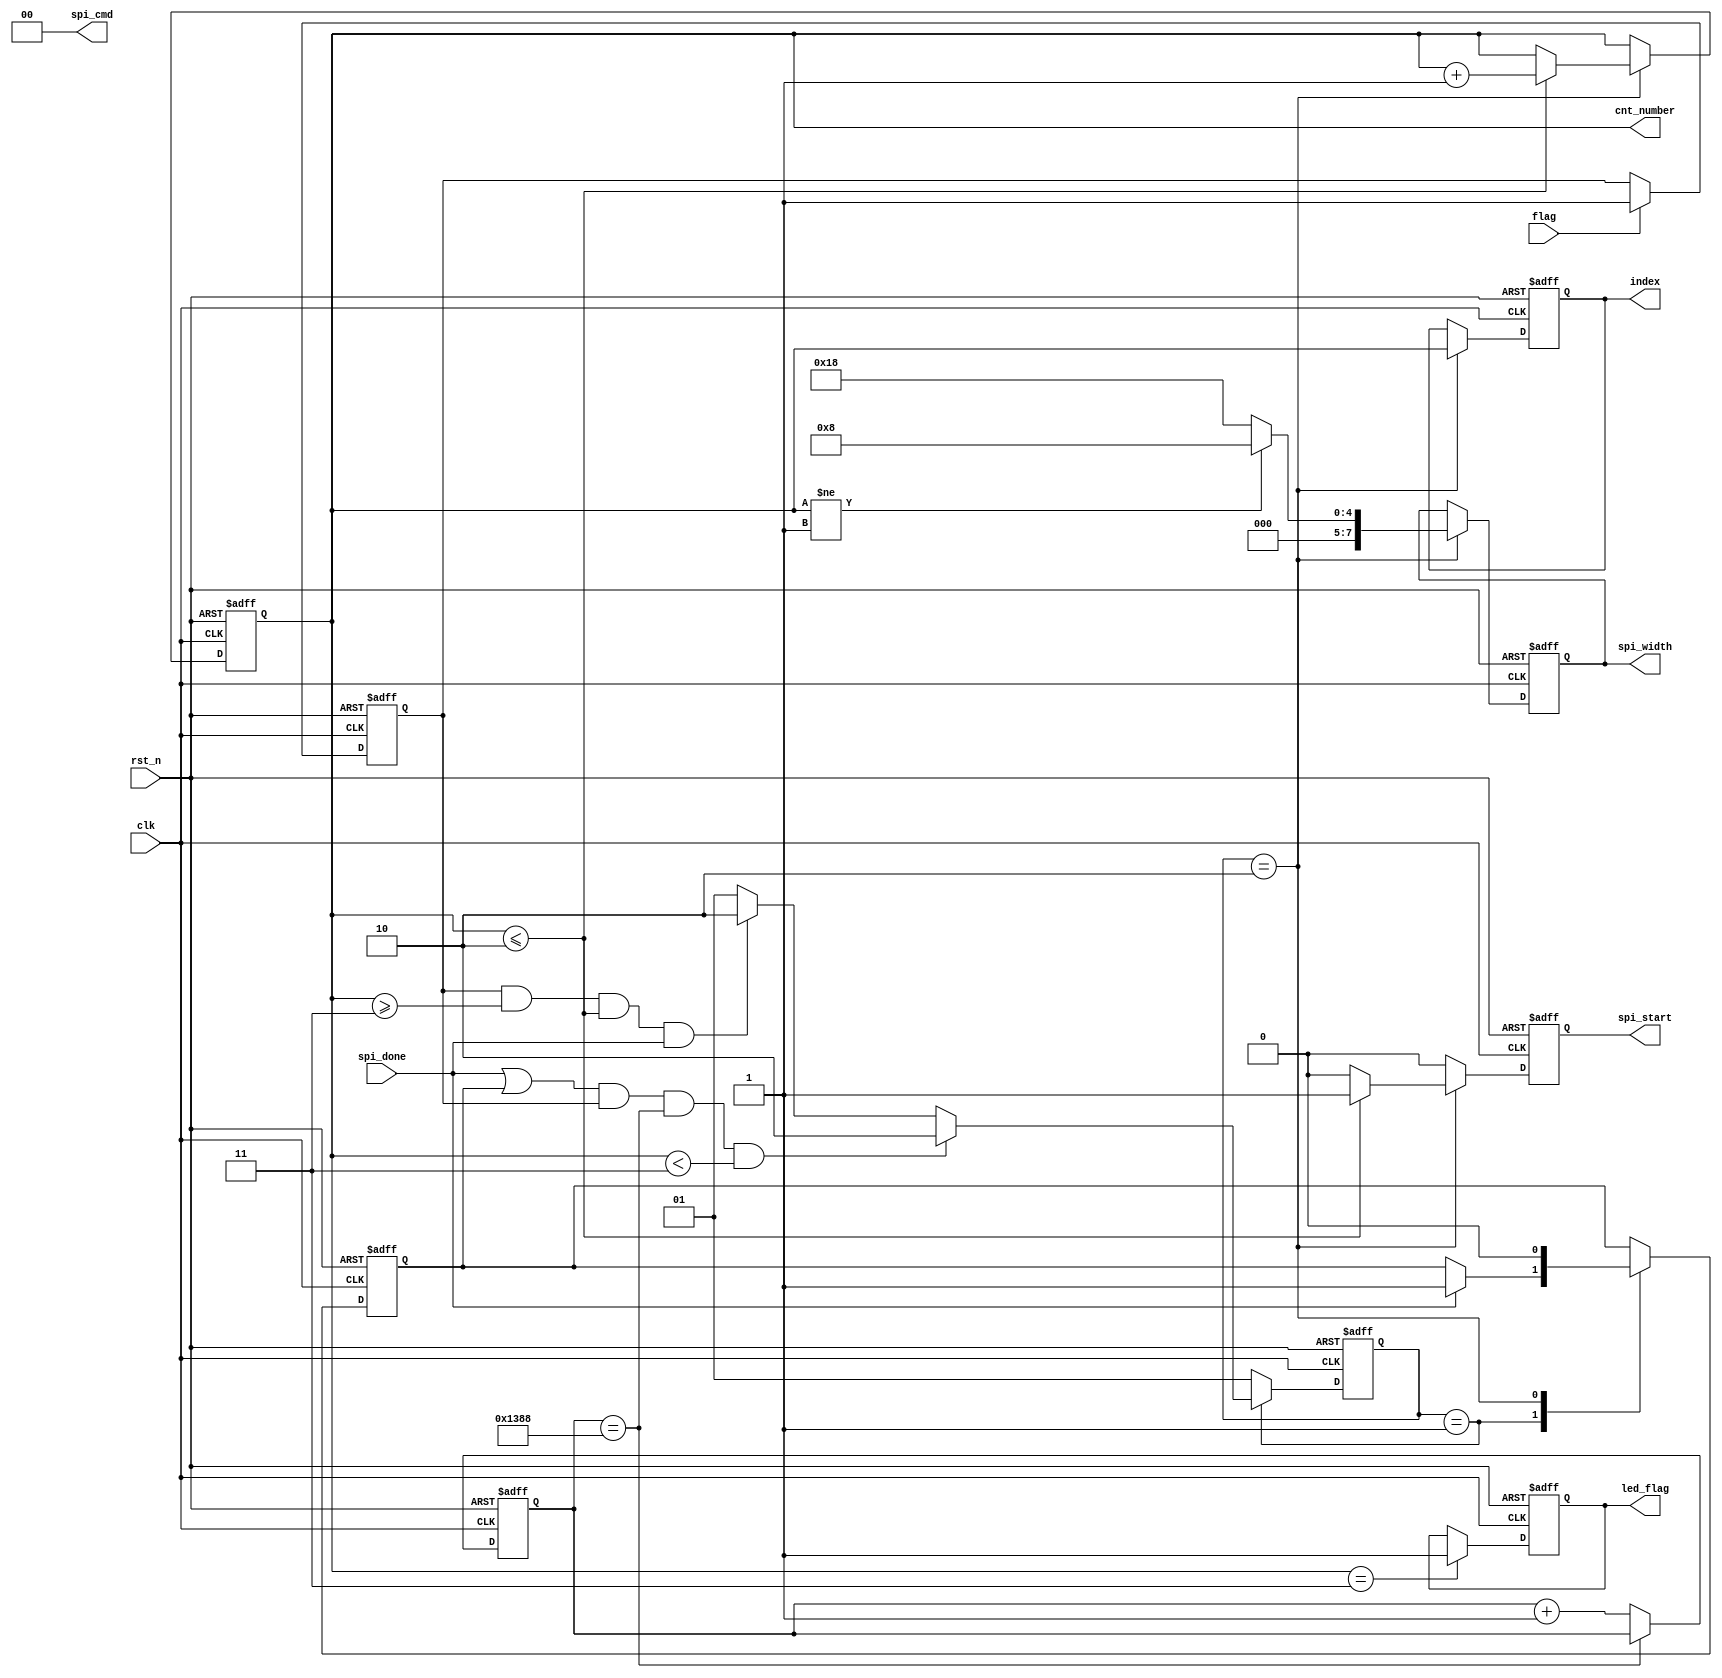
// This is a simple example.
// You can make a your own header file and set its path to settings.
// (Preferences > Package Settings > Verilog Gadget > Settings - User)
//
//		"header": "Packages/Verilog Gadget/template/verilog_header.v"
//
// -----------------------------------------------------------------------------
// Copyright (c) 2014-2023 All rights reserved
// -----------------------------------------------------------------------------
// Create : 2023-09-06 15:28:25
// Revise : 2023-09-06 15:28:25
// Editor : sublime text4, tab size (4)
// Descri : FPGAW25Q16cnt153(index == 152)
// -----------------------------------------------------------------------------
module Fsm_Module 
#(
	parameter cnt_max = 8'd1,
	parameter spi_width_value = 8'd8,
	parameter cnt_index = 8'd3
)
(
	input clk,
	input rst_n,
	input spi_done,
	input flag,
	output reg spi_start,
	output [1:0] spi_cmd,
	output reg [7:0] spi_width,
	output reg [7:0] index,
	output reg led_flag,
	output [7:0] cnt_number
);

	reg [7:0] cnt;	//

	reg [31:0] cnt_3600;

	reg key_flag;

	/**/
	always @(posedge clk or negedge rst_n) begin
		if(~rst_n) begin
			key_flag <= 1'd0;
		end else if(flag) begin
			key_flag <= 1'd1;
		end else begin
			key_flag <= key_flag;
		end
	end

	/*W25Q16*/
	always @(posedge clk or negedge rst_n) begin
		if(~rst_n) begin
			cnt_3600 <= 32'd0;
		end else if(cnt_3600 == 32'd5000) begin
			cnt_3600 <= cnt_3600;
		end else begin
			cnt_3600 <= cnt_3600 + 32'd1;
		end
	end

	//
	parameter IDLE = 2'b01;
	parameter WRITE = 2'b10;

	reg [1:0] state;

	reg spi_done_latch;

	/*state transition logic*/
	always @(posedge clk or negedge rst_n) begin
		if(~rst_n) begin
			state <= IDLE;
		end else begin
			case(state)
				IDLE : begin
					if((spi_done || spi_done_latch) && key_flag && cnt_3600 == 32'd5000 && (cnt < cnt_index)) begin
						state <= WRITE;
					end else if(key_flag && cnt >= cnt_index && cnt <= cnt_max + 8'd1 && spi_done) begin
						state <= WRITE;
					end else begin
						state <= IDLE;
					end
				end
				
				WRITE : state <= IDLE;

				default : state <= IDLE;
			endcase
		end
	end

    always @(posedge clk or negedge rst_n) begin
    	if(~rst_n) begin
    		spi_done_latch <= 1'd1;
    	end else begin
    		case(state)
    			IDLE : spi_done_latch <= (spi_done == 1'd1) ? spi_done : spi_done_latch;
    			WRITE : spi_done_latch <= 1'd0;
    			default : spi_done_latch <= spi_done_latch;
    		endcase
    	end
    end

	

	/*temp cnt*/
	always @(posedge clk or negedge rst_n) begin
		if(~rst_n) begin
			cnt <= 8'd0;
		end else begin
			case(state)
				IDLE : cnt <= cnt;
				WRITE : cnt <= (cnt <= cnt_max + 8'd1) ? cnt + 8'd1 : cnt;
				default : cnt <= cnt;
			endcase
		end
	end

	/*output spi_start*/
	always @(posedge clk or negedge rst_n) begin
		if(~rst_n) begin
			spi_start <= 1'd0;
		end else begin
			case(state)
				IDLE : spi_start <= 1'd0;
				WRITE : spi_start <= (cnt <= cnt_max + 8'd1) ?  1'd1 : 1'd0;
				default : spi_start <= 1'd0;
			endcase
		end
	end

	assign spi_cmd = 2'b00;

	/*output spi_width*/
	always @(posedge clk or negedge rst_n) begin
		if(~rst_n) begin
			spi_width <= spi_width_value;
		end else begin
			case(state)
				IDLE : spi_width <= spi_width;
				WRITE : spi_width <= (cnt != 8'd1) ? spi_width_value : 8'd24;
				default : spi_width <= spi_width;
			endcase
		end
	end

	/*output index*/
	always @(posedge clk or negedge rst_n) begin
		if(~rst_n) begin
			index <= 8'd0;
		end else begin
			case(state)
				IDLE : index <= index;
				WRITE : index <= cnt;
				default : index <= index;
			endcase
		end
	end

	/*indexled_flag*/
	always @(posedge clk or negedge rst_n) begin
		if(~rst_n) begin
			led_flag <= 1'd0;
		end else if(cnt == cnt_max + 8'd2) begin
			led_flag <= 1'd1;
		end else begin
			led_flag <= led_flag;
		end
	end

	assign cnt_number = cnt;

endmodule